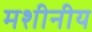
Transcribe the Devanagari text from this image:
मशीनीय